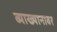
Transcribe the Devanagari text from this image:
व्याख्यानावर